King Institute of Preventive Medicine Micro-Biological Section reports 1909-11
Year: 1909
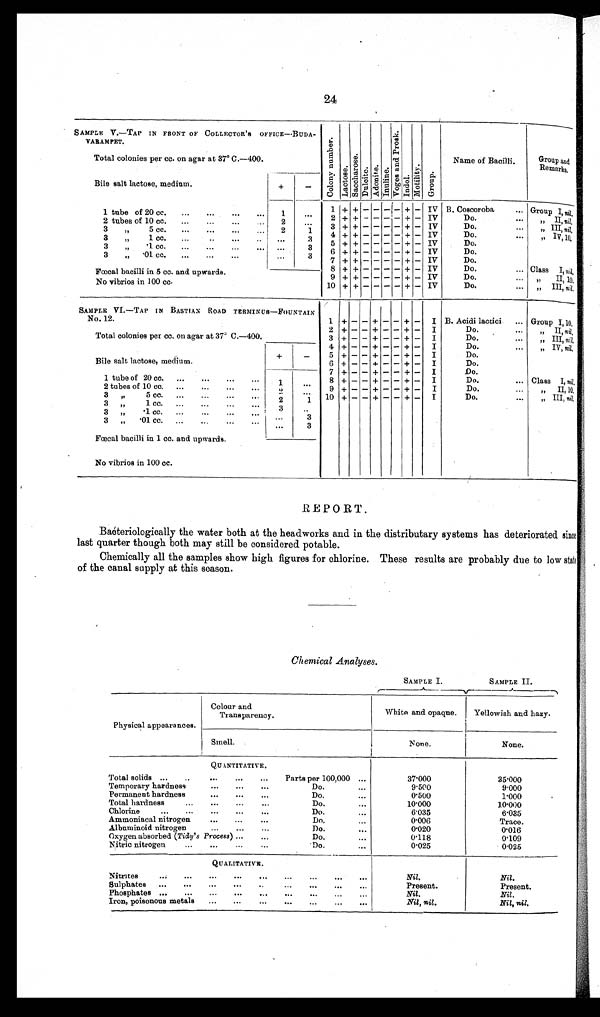
SAMPLE I.
SAMPLE II.
24
SAMPLE V.—TAP IN FRONT OF COLLECTOR'S OFFICE—BUDA
¬VARAMPET.
C o l o n y n u m b e r .
L a c t o s e .
S a c c h a r o s e .
D u l o i t e . A d o n i t e . I n u l i n e .
V o g e s a n d P r o s k .
I n d o l .
M o t i l i t y .
G r o u p .
Name of Bacilli.
Group an
d R e m a r k s .
Total colonies per cc. on agar at 37° C.—400.
Bile salt lactose, medium.
+
-
1 tube of 20 cc.
...
...
...
. . .
1
. . .
1
+ + - - - - + - IV B. Coscoroba
... Group I, n i l .
2
+ + - - - - + - IV
Do.
...
„ II, ni l .
2 tubes of 10 cc.
...
...
...
. . .
2
. . .
3
+ + - - - - + - IV
Do.
...
„ III,n i l .
3
„
5 cc.
...
...
...
. . .
2
1
4
+ + - - - - + - IV
Do.
...
„ I, 10.
3
„
1 cc. ... ... ... ...
. . .
3
5
+ + - - - - + - IV
Do. . . .
3
„
. 1 c c .
. . .
. . .
. . .
. . .
. . .
3
6
+ + - - - - + - IV
Do. . . .
3
„
.01 cc. ... ... ...
...
. . .
3
7
+ + - - - - + - IV
Do. . . .
Fœcal bacilli in 5 cc. and upwards.
8 + + - - - - + - IV
Do.
...
Class I, nil.
9
+ + - - - - + - IV
Do.
...
„ II, 10.
No vibrios in 100 cc.
10 + + - - - - + - IV
Do.
...
„ III,n i l .
SAMPLE VI.—TAP IN BASTIAN ROAD TERMINUS—FOUNTAIN
No. 12.
1
+ - - + - - + - I B. Acidi lactici ... Group I,10.
Total colonies per cc. on agar at 37° C.—400.
2
+ - - + - - + - I
Do.
...
„ II, nil.
3
+ - - + - - + - I
Do.
...
„ III, nil.
Bile salt lactose, medium.
+
-
4
+ - - + - - + - I
Do.
...
„ IV, nil.
5
+ - - + - - + - I
Do.
...
6
+ - - + - - + - I
Do.
...
1 tube of 20 cc. ...
...
1
. . .
7
+ - - + - - + - I
Do.
...
8
+ - - + - - + - I
Do.
...
Class I, nil.
2 tubes of 10 cc. ...
...
...
...
2
. . .
9
+ - - + - - + - I
Do.
...
„ II, 10.
3 „
5 cc.
. . .
. . .
2
1
1 0 + - - + - - + - I
Do.
...
„ III, nil.
3 „
1 c c .
. . .
. . .
3
. . .
3 „
. 1 c c .
. . .
. . .
. . .
3
3
„
. 0 1 c c .
. . .
. . .
. . .
3
Fœcal bacilli in 1 cc. and upwards.
No vibrios in 100 cc.
REPORT.
Baćteriologically the water both at the headworks and in the distributary systems has deteriorated since
last quarter though both may still be considered potable.
Chemically all the samples show high figures for chlorine. These results are probably due to low state
of the canal supply at this season.
Chemical Analyses.
Physical appearances.
Colour and
Transparency.
White and opaque.
Yellowish and hazy.
Smell.
None.
None.
QUANTITATIVE.
Total solids ...
... ... ...
Parts per 100,000 ...
37.000
35.000
Temporary hardness
...
...
...
Do.
...
9.500
9.000
Permanent hardness
...
...
...
Do.
...
0.500
1.000
Total hardness
...
...
...
Do.
...
10.000
10.000
Chlorine
...
...
...
Do.
...
6.035
6.035
Ammoniacal nitrogen
...
...
...
Do.
...
0.006
Trace.
Albuminoid nitrogen
...
...
...
Do.
...
0.020
0.016
Oxygen absorbed (Tidy's Process ) ...
...
Do.
...
0.118
0.109
Nitric nitrogen
...
...
...
Do.
...
0.025
0.025
QUALITATIVE.
Nitrites
...
...
...
...
...
...
...
...
Nil.
Nil.
Sulphates
...
...
...
...
...
...
...
...
Present.
Present.
Phosphates
...
...
...
...
...
...
...
...
Nil.
Nil.
Iron, poisonous metals
...
...
...
...
...
...
...
...
Nil, nil.
Nil, nil.